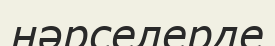
нәрселерде